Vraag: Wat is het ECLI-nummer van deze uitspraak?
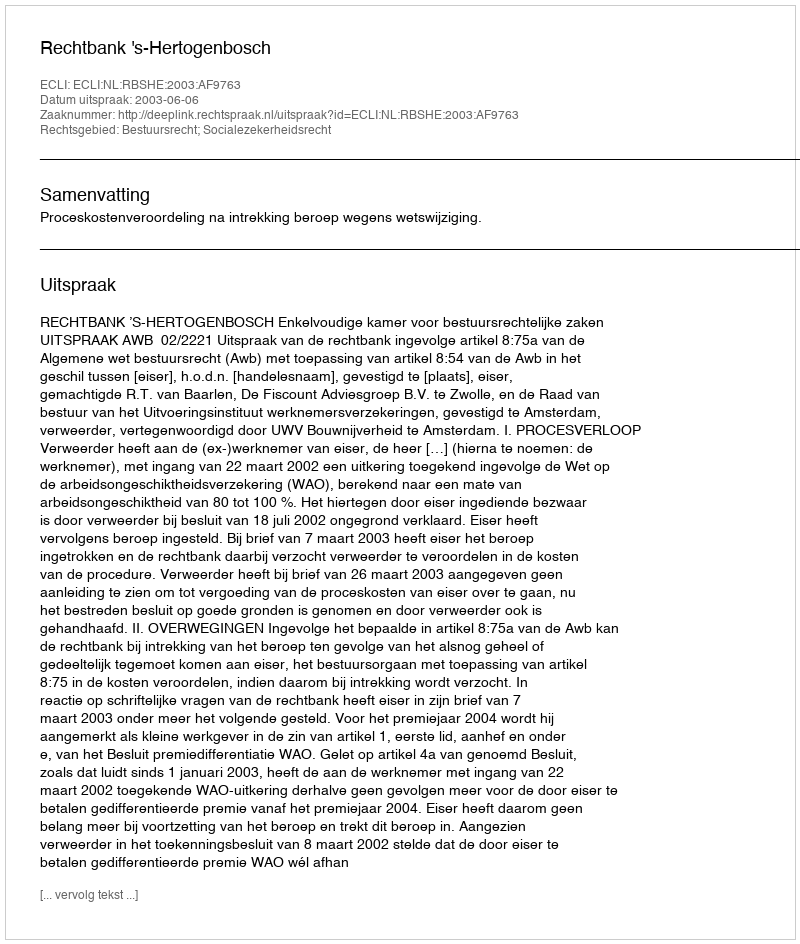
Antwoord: ECLI:NL:RBSHE:2003:AF9763